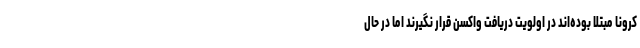
کرونا مبتلا بوده‌اند در اولویت دریافت واکسن قرار نگیرند اما در حال